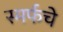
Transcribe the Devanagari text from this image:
स्मर्फचे